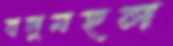
বালুমহল